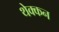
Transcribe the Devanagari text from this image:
थेक्कन